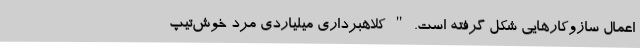
اعمال سازوکارهایی شکل گرفته است. " کلاهبرداری میلیاردی مرد خوش‌تیپ